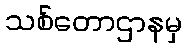
သစ်တောဌာနမှ